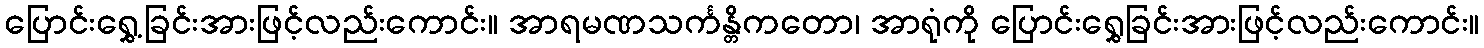
ပြောင်းရွှေ့ခြင်းအားဖြင့်လည်းကောင်း။ အာရမဏသင်္ကန္တိကတော၊ အာရုံကို ပြောင်းရွှေခြင်းအားဖြင့်လည်းကောင်း။